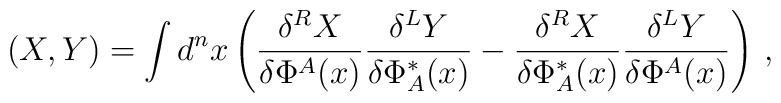
(X,Y)=\int d^nx\left( \frac{\delta^RX}{\delta\Phi^A(x)}\frac{\delta^LY}{\delta\Phi_A^*(x)}    -\frac{\delta^RX}{\delta\Phi_A^*(x)}\frac{\delta^LY}{\delta\Phi^A(x)}\right)\,,